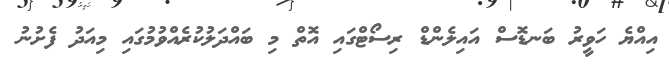
އިއްޔެ ހަވީރު ބަނޑޮސް އައިލެންޑް ރިސޯޓްގައި އޮތް މި ބައްދަލުކުރެއްވުމުގައި މިއަދު ފެށުނު